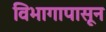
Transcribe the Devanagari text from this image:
विभागापासून